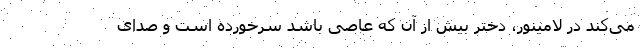
می‌کند در لامینور، دختر بیش از آن که عاصی باشد سرخورده است و صدای